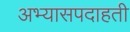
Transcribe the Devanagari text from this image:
अभ्यासपदाहती